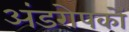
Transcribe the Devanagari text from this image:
अंडरोपकों